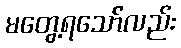
မတွေ့ရသော်လည်း